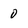
Character: 0